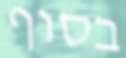
בסוף